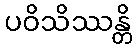
ပဝိသိဿန္တိ